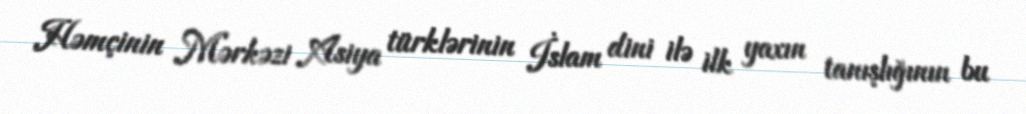
Həmçinin Mərkəzi Asiya türklərinin İslam dini ilə ilk yaxın tanışlığının bu